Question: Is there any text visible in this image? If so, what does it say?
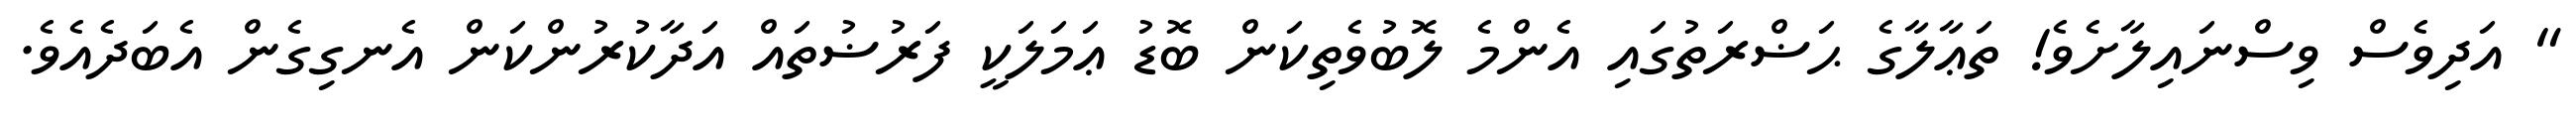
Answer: " އަދިވެސް ވިސްނައިލާށެވެ! ތަޢާލާގެ ޙަޟްރަތުގައި އެންމެ ލޮބުވެތިކަން ބޮޑު ޢަމަލަކީ ފަރުޟުތައް އަދާކުރުންކަން އެނގިގެން އެބަދެއެވެ.